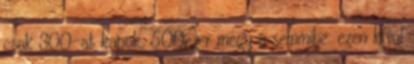
csak 300-at kapok, 500ezer megy a semmibe. ezen kívül